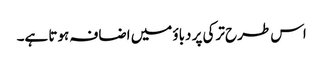
اس طرح ترکی پر دباؤ میں اضافہ ہوتا ہے۔